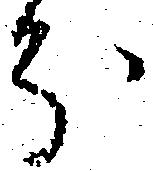
分